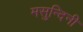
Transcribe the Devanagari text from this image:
मसुन्दिनी